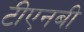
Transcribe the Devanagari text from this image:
टीएनबी